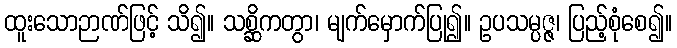
ထူးသောဉာဏ်ဖြင့် သိ၍။ သစ္ဆိကတွာ၊ မျက်မှောက်ပြု၍။ ဥပသမ္ပဇ္ဇ၊ ပြည့်စုံစေ၍။